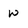
Character: W